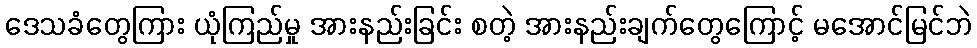
ဒေသခံတွေကြား ယုံကြည်မှု အားနည်းခြင်း စတဲ့ အားနည်းချက်တွေကြောင့် မအောင်မြင်ဘဲ